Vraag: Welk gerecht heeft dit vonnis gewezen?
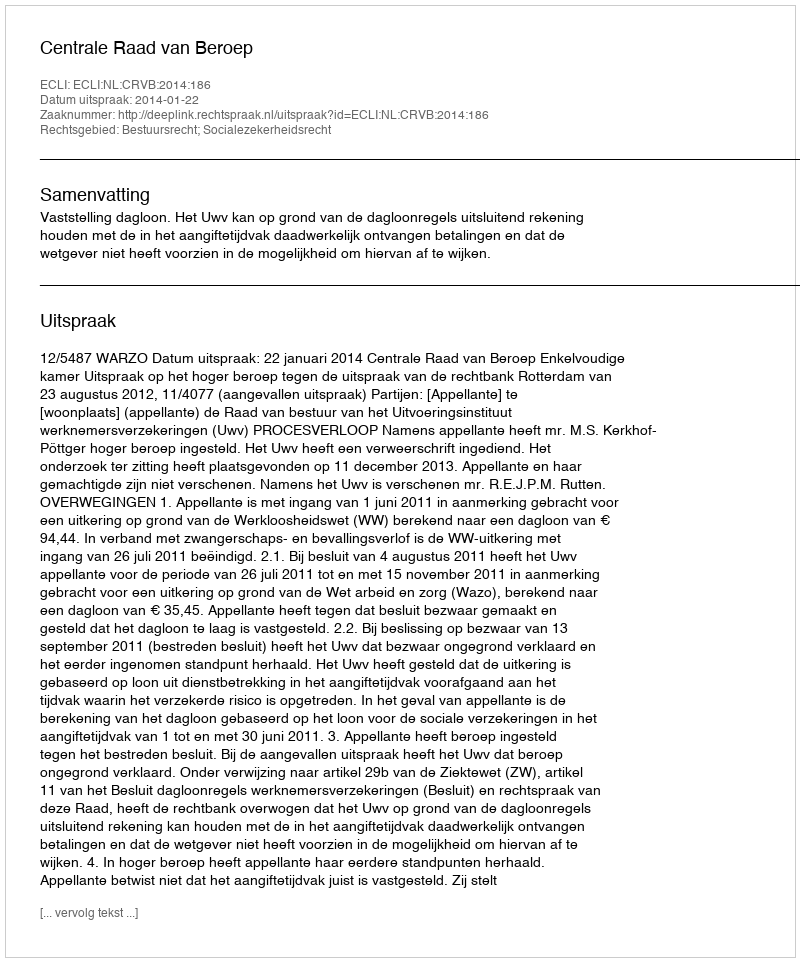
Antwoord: Centrale Raad van Beroep